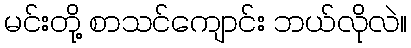
မင်းတို့ စာသင်ကျောင်း ဘယ်လိုလဲ။